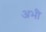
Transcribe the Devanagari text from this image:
अभीे